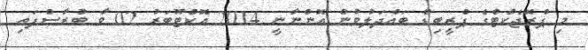
މި ޕްރޮޖެކްޓްގެ ޕްރީބިޑް ބައްދަލުވުން އޮންނާނީ 2014 އޮކްޓޫބަރު 02 ވާ ބުރާސްފަތި